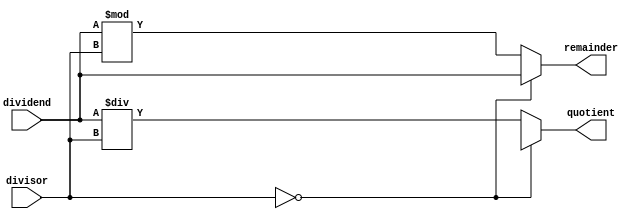
module Asynchronous_Divider(
    input wire[31:0] dividend,
    input wire[31:0] divisor,
    output reg[31:0] quotient,
    output reg[31:0] remainder
);

always @(*) begin
    if(divisor == 0) begin
        quotient <= 32'hx; // Assign a special value for division by zero error
        remainder <= dividend; // Remainder is the same as dividend in case of division by zero
    end else begin
        quotient <= dividend / divisor; // Perform division operation
        remainder <= dividend % divisor; // Compute remainder
    end
end

endmodule